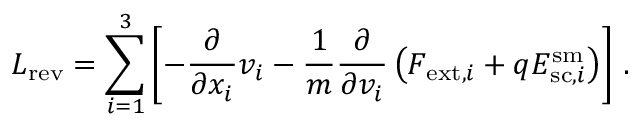
\boldsymbol { L } _ { \mathrm { r e v } } = \sum _ { i = 1 } ^ { 3 } \left[ - \frac { \partial } { \partial x _ { i } } v _ { i } - \frac { 1 } { m } \frac { \partial } { \partial v _ { i } } \left( F _ { \mathrm { e x t } , i } + q E _ { \mathrm { s c } , i } ^ { \mathrm { s m } } \right) \right] \, .